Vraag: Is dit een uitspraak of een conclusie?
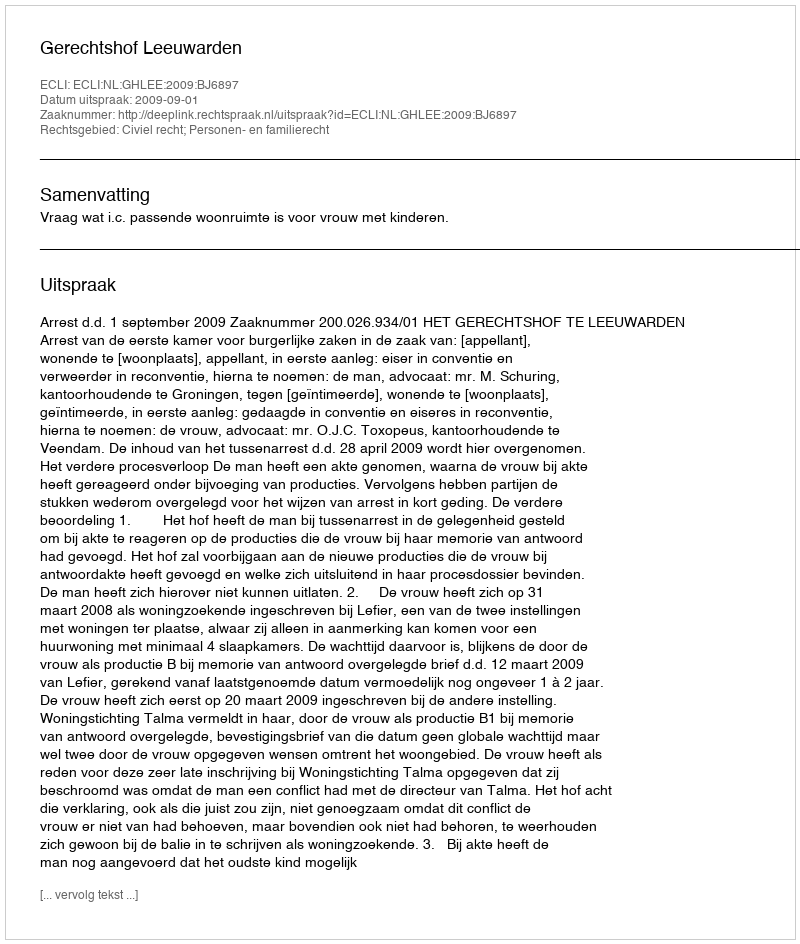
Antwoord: Uitspraak